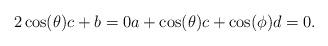
LaTeX: \begin{align*} 2\cos(\theta)c + b = 0 a + \cos(\theta)c + \cos(\phi)d = 0.\end{align*}